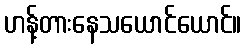
ဟန့်တားနေသယောင်ယောင်။